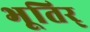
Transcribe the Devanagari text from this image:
भूतिर्